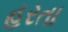
હરતા